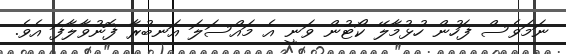
ނަމަވެސް ފަހުން ހުޅުމާލޭ ކޯޓުން ވަނީ އެ މައްސަލަ އަނބުރާ ފޮނުވާލާފަ އެވެ.